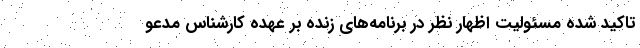
تاکید شده مسئولیت اظهار نظر در برنامه‌های زنده بر عهده کارشناس مدعو